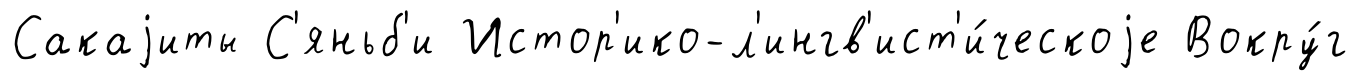
Сакаjиты С'яньб'и Истор'ико-л'ингв'ист'и́ческоjе Вокру́г